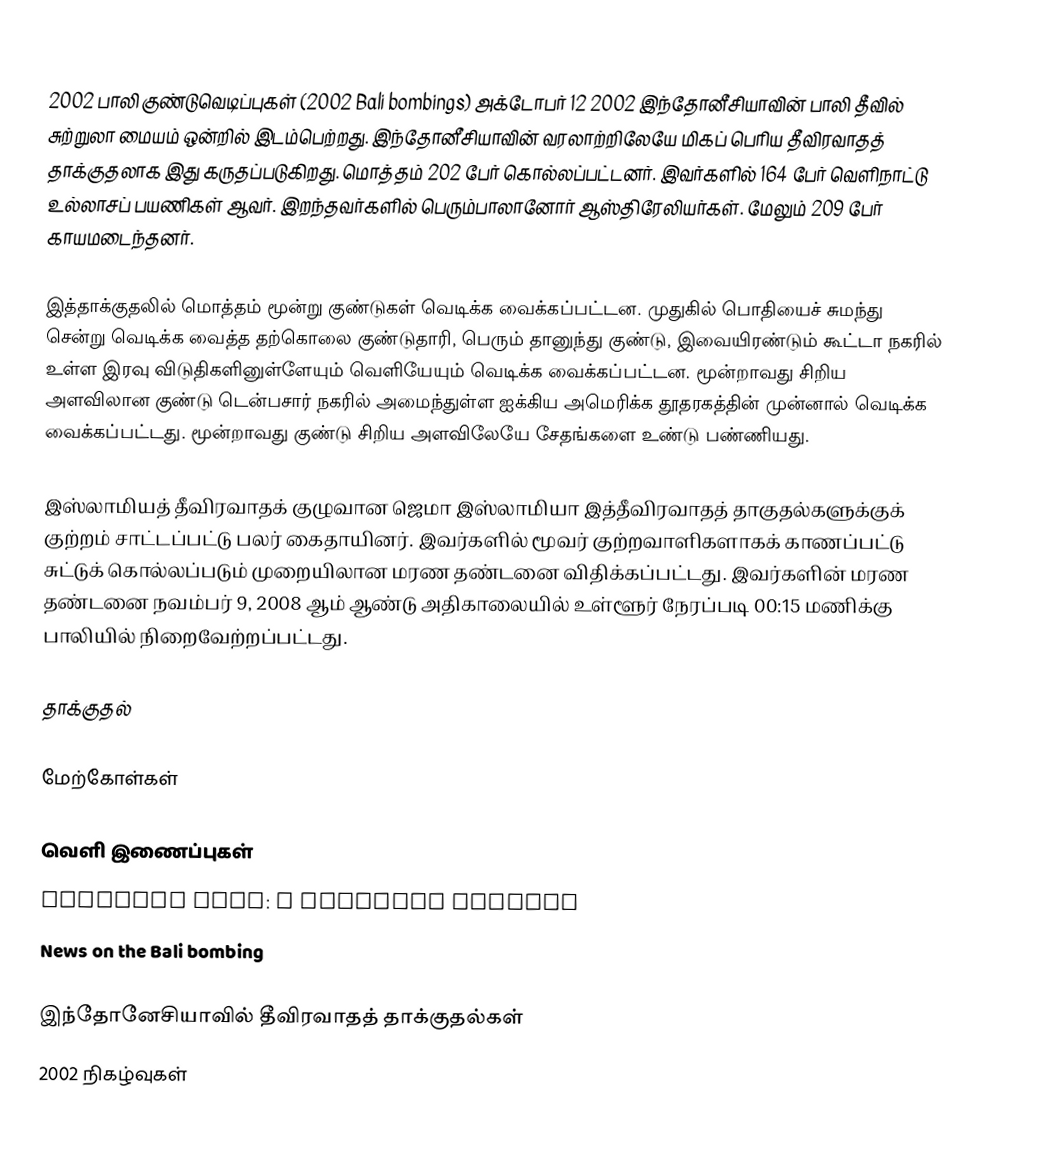
2002 பாலி குண்டுவெடிப்புகள் (2002 Bali bombings) அக்டோபர் 12 2002 இந்தோனீசியாவின் பாலி தீவில் சுற்றுலா மையம் ஒன்றில் இடம்பெற்றது. இந்தோனீசியாவின் வரலாற்றிலேயே மிகப் பெரிய தீவிரவாதத் தாக்குதலாக இது கருதப்படுகிறது. மொத்தம் 202 பேர் கொல்லப்பட்டனர். இவர்களில் 164 பேர் வெளிநாட்டு உல்லாசப் பயணிகள் ஆவர். இறந்தவர்களில் பெரும்பாலானோர் ஆஸ்திரேலியர்கள். மேலும் 209 பேர் காயமடைந்தனர்.

இத்தாக்குதலில் மொத்தம் மூன்று குண்டுகள் வெடிக்க வைக்கப்பட்டன. முதுகில் பொதியைச் சுமந்து சென்று வெடிக்க வைத்த தற்கொலை குண்டுதாரி, பெரும் தானுந்து குண்டு, இவையிரண்டும் கூட்டா நகரில் உள்ள இரவு விடுதிகளினுள்ளேயும் வெளியேயும் வெடிக்க வைக்கப்பட்டன. மூன்றாவது சிறிய அளவிலான குண்டு டென்பசார் நகரில் அமைந்துள்ள ஐக்கிய அமெரிக்க தூதரகத்தின் முன்னால் வெடிக்க வைக்கப்பட்டது. மூன்றாவது குண்டு சிறிய அளவிலேயே சேதங்களை உண்டு பண்ணியது.

இஸ்லாமியத் தீவிரவாதக் குழுவான ஜெமா இஸ்லாமியா இத்தீவிரவாதத் தாகுதல்களுக்குக் குற்றம் சாட்டப்பட்டு பலர் கைதாயினர். இவர்களில் மூவர் குற்றவாளிகளாகக் காணப்பட்டு சுட்டுக் கொல்லப்படும் முறையிலான மரண தண்டனை விதிக்கப்பட்டது. இவர்களின் மரண தண்டனை நவம்பர் 9, 2008 ஆம் ஆண்டு அதிகாலையில் உள்ளூர் நேரப்படி 00:15 மணிக்கு பாலியில் நிறைவேற்றப்பட்டது.

தாக்குதல்

மேற்கோள்கள்

வெளி இணைப்புகள்
 Remember Bali: a memorial website
 News on the Bali bombing

இந்தோனேசியாவில் தீவிரவாதத் தாக்குதல்கள்
2002 நிகழ்வுகள்